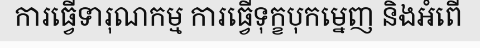
ការធ្វើទារុណកម្ម ការធ្វើទុក្ខបុកម្នេញ និងអំពើ